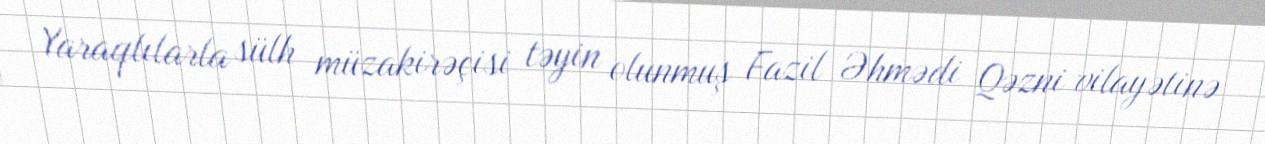
Yaraqlılarla sülh müzakirəçisi təyin olunmuş Fazil Əhmədi Qəzni vilayətinə